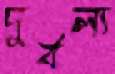
দুর্বল্য